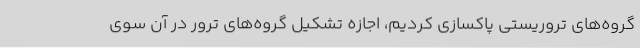
گروه‌های تروریستی پاکسازی کردیم، اجازه تشکیل گروه‌های ترور در آن سوی